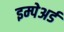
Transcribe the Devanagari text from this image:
इम्पेअर्ड